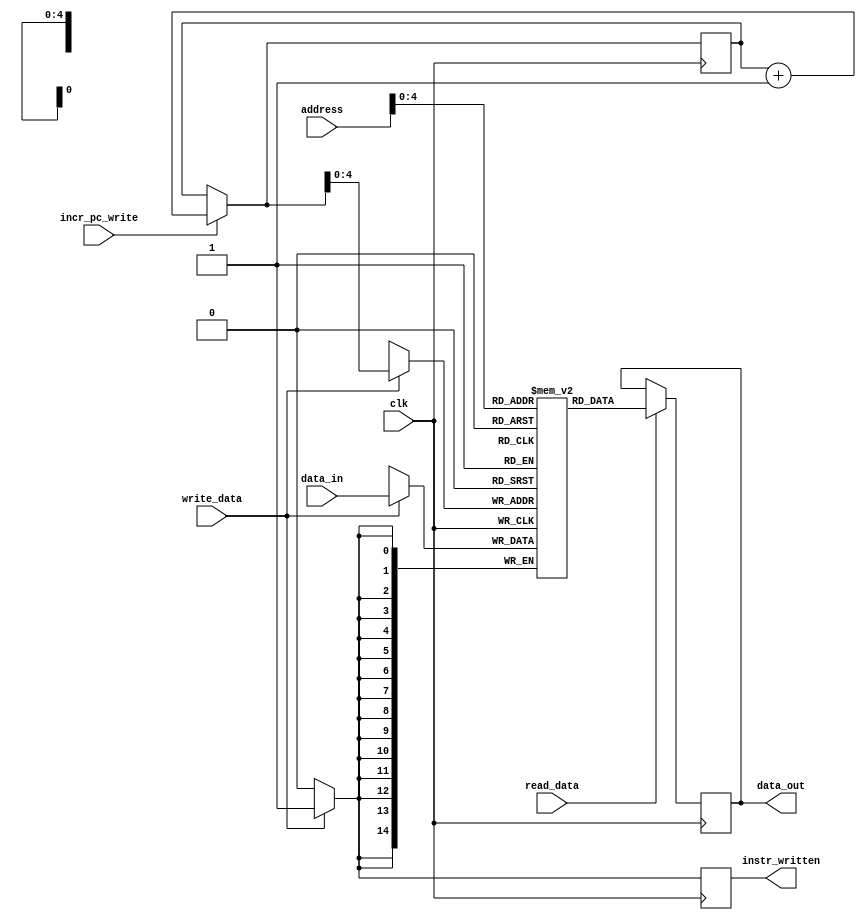
`timescale 1ns / 1ps
//////////////////////////////////////////////////////////////////////////////////
// Company: 
// Engineer: 
// 
// Design Name: 
// Module Name: MEMORY_Module
// Project Name: 
// Target Devices: 
// Tool Versions: 
// Description: 
// 
// Dependencies: 
// 
// Revision:
// Revision 0.01 - File Created
// Additional Comments:
// 
//////////////////////////////////////////////////////////////////////////////////


module MEMORY_Module(
    input [14:0] address,
    input incr_pc_write,
    input [14:0] data_in,
    output reg [14:0] data_out,
    input read_data,
    input write_data,
    input clk,
    output reg instr_written
    );

    reg [14:0]mem_space[0:31];
    reg [14:0]address_w = 0;
    
    initial
    begin
      mem_space [0] = 15'h7D00; //0   11111  01  0000  0000
      mem_space [1] = 15'h0000; 
      mem_space [2] = 15'h0000; 
      mem_space [3] = 15'h0000; 
      mem_space [4] = 15'h0000; 
      mem_space [5] = 15'h0000;
      mem_space [6] = 15'h0000; //0   00000  01  0111  0000
      mem_space [7] = 15'h0000; //0   00011  01  0111  0000
      mem_space [8] = 15'h0000; //0   00000  01  0111  0000
      mem_space [9] = 15'h0000; //0   00010  01  0111  0000
      mem_space [10]= 15'h0000; //0   00011  01  0111  0000
      mem_space [11]= 15'h0000; //0   00000  01  0111  0000
      mem_space [12]= 15'h0000; //0   01010  01  0111  0000
      mem_space [13]= 15'h0000;
      mem_space [14]= 15'h0000;
      mem_space [15]= 15'h0000;
      mem_space [16]= 15'h0000;
      
      data_out <= 0;
      
    end
    always@(posedge clk)
    begin
      
      instr_written = 0;
      
      if(incr_pc_write == 1)
        address_w = address_w + 1'b1;
      
      if(read_data == 1)
      begin
        data_out <= mem_space[address];        
      end
      if(write_data == 1)
      begin
        mem_space[address_w] = data_in; 
        instr_written = 1;
      end
    end
    
endmodule